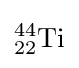
{}_{22}^{44}{\textrm {Ti}}